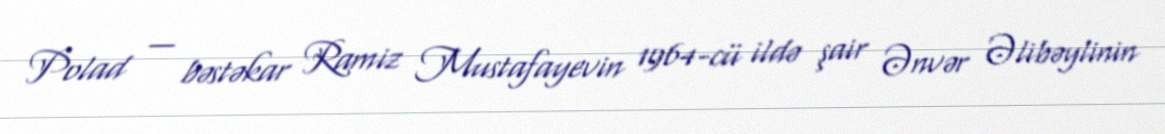
Polad — bəstəkar Ramiz Mustafayevin 1964-cü ildə şair Ənvər Əlibəylinin